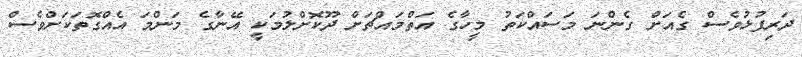
ދަރިފުޅުވެސް ގެއަށް ގެންނަ މަސައްކަތު މީހާގެ އަތްމައްޗަށް ދޫކޮށްލުމަކީ އޭނާގެ މަންމަ އެއްގޮތަކަށްވެސް